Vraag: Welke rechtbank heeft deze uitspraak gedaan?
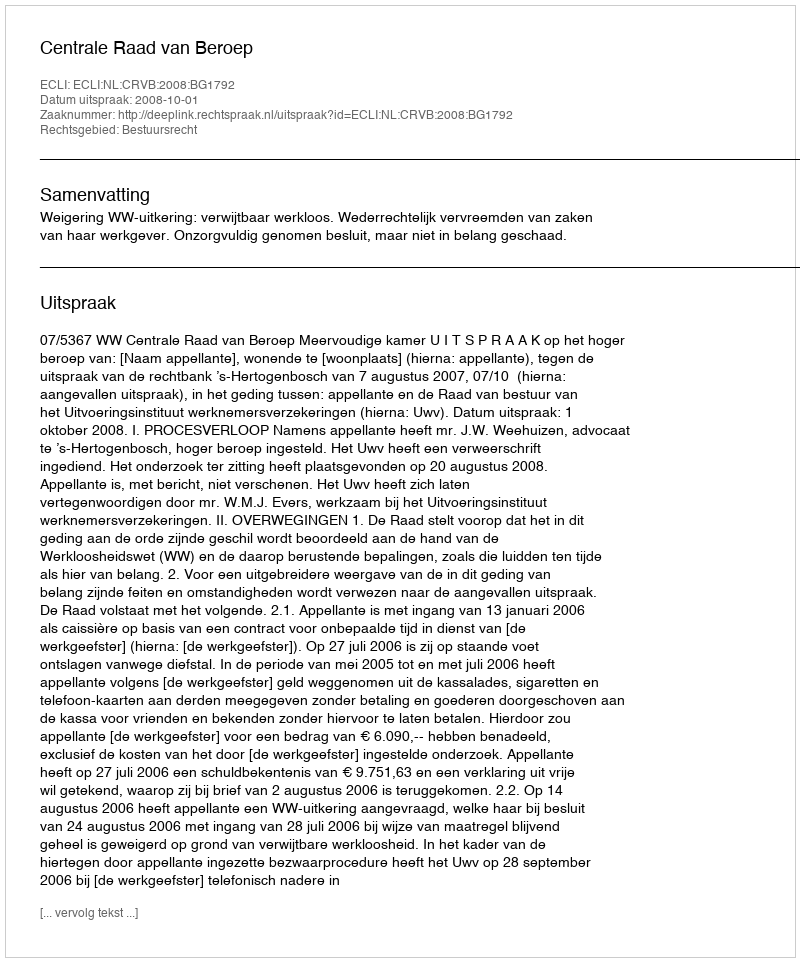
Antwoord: Centrale Raad van Beroep